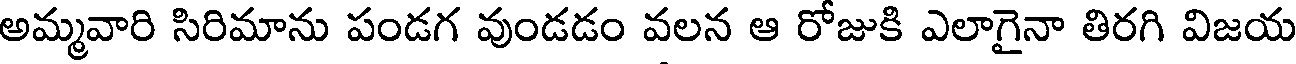
అమ్మవారి సిరిమాను పండగ వుండడం వలన ఆ రోజుకి ఎలాగైనా తిరగి విజయ